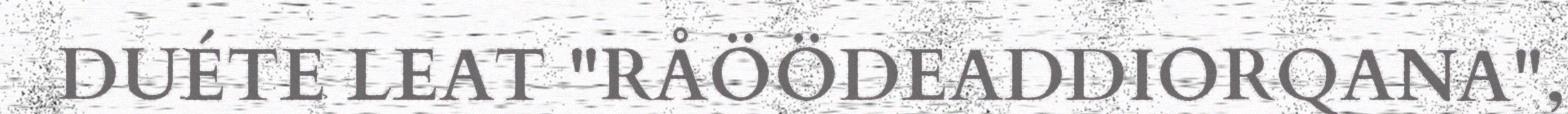
DUÉTE LEAT "RÅÖÖDEADDIORQANA",